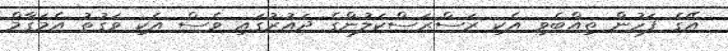
އޭގެ ފަހުން ތިއްބެވި އެކި ރަސްރަސްކަލުންގެ ދައުރުގައި ވެސް އެކި ވަގުތު އެމަގާމް